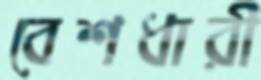
বেশধারী